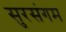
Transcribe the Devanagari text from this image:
सुरसंगम